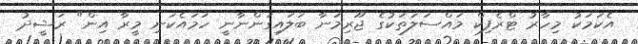
އެކަމަކު މިހާރު ޓްރެފިކް މައްސަލަތަކުގެ ޖޫރިމަނާ ބަލައިގަންނާނީ ހަމައެކަނި މީރާ އިން" ރަޝީދު